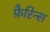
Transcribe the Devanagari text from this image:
फ़ैरिन्स